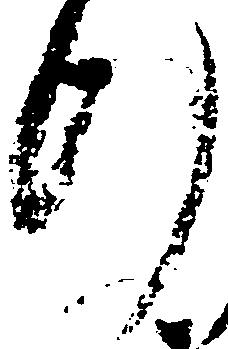
行